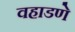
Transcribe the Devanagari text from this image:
वहाडणे